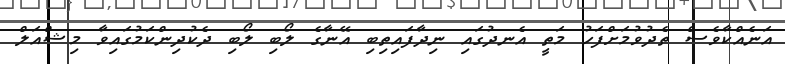
އަނެއްކާވެސް ތެދުވުމަށްފަހު މަތީ އެނދުގައި ނިދާފައިތިބި އޭނާގެ ލޯބި ލޯބި ދެކުދިންކަމުގައިވާ މިޝްއަލް